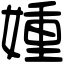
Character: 媑